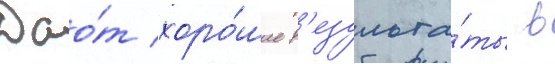
Дао́т хоро́шие р'езульта́ты в